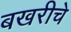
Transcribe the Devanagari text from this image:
बखरीचे